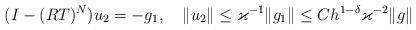
LaTeX: \begin{gather*} (I-(R T)^N)u_2=-g_1,\quad\|u_2\|\leq \varkappa^{-1}\|g_1\|\leq Ch^{1-\delta}\varkappa^{-2}\|g\| \end{gather*}